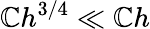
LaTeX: \mathbb{C}h^{3/4}\ll\mathbb{C}h